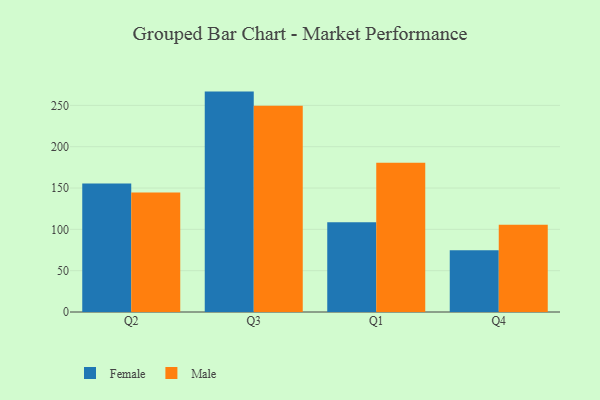
{"axis": {"x": "Quarter", "y": "Tickets Resolved"}, "legend": ["Female", "Male"], "data": [{"x": "Q2", "y": 155.4, "type": "Female"}, {"x": "Q2", "y": 144.6, "type": "Male"}, {"x": "Q3", "y": 266.7, "type": "Female"}, {"x": "Q3", "y": 249.7, "type": "Male"}, {"x": "Q1", "y": 108.5, "type": "Female"}, {"x": "Q1", "y": 180.6, "type": "Male"}, {"x": "Q4", "y": 74.7, "type": "Female"}, {"x": "Q4", "y": 105.6, "type": "Male"}]}